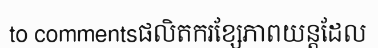
to commentsផលិតករខ្សែភាពយន្តដែល